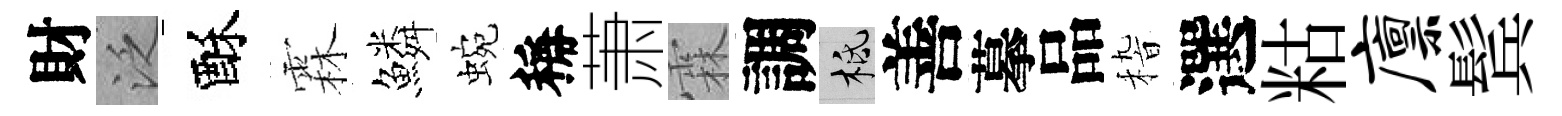
財泛酥霖鱗蜿稱萧霖調柢善摹品𥟵選䊀廪鬂